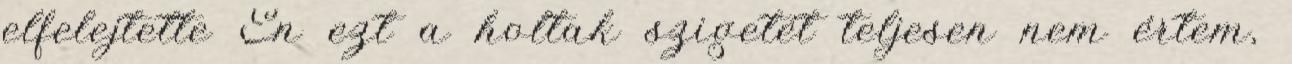
elfelejtette Én ezt a holtak szigetét teljesen nem értem,